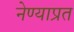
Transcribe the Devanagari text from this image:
नेण्याप्रत